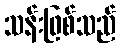
သန်းဖြစ်သည်